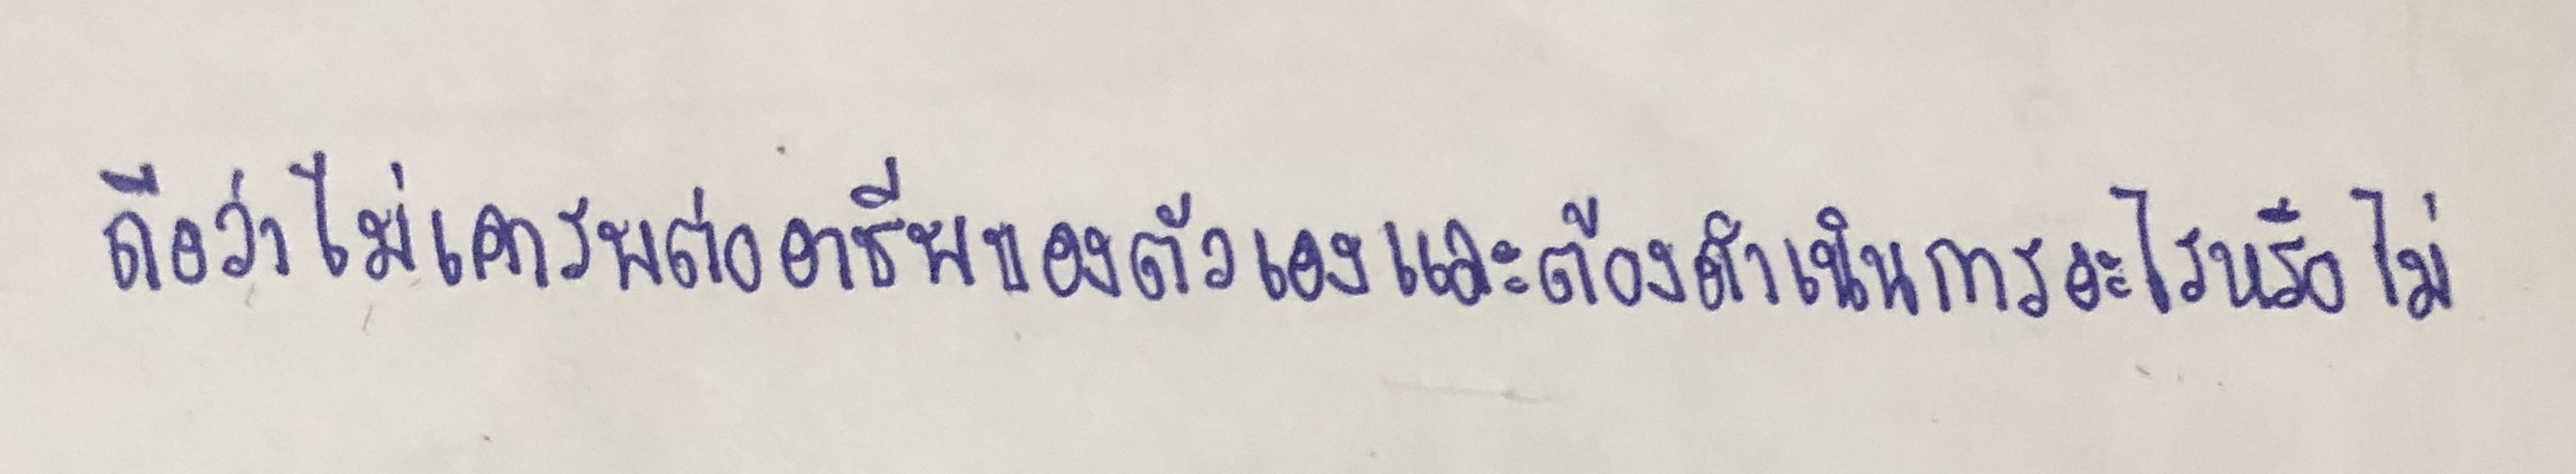
ถือว่าไม่เคารพต่ออาชีพของตัวเองและต้องดำเนินการอะไรหรือไม่